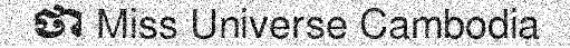
ថា Miss Universe Cambodia